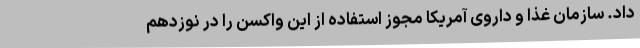
داد. سازمان غذا و داروی آمریکا مجوز استفاده از این واکسن را در نوزدهم